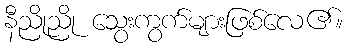
နီညိုညို သွေးကွက်များဖြစ်လေ၏။